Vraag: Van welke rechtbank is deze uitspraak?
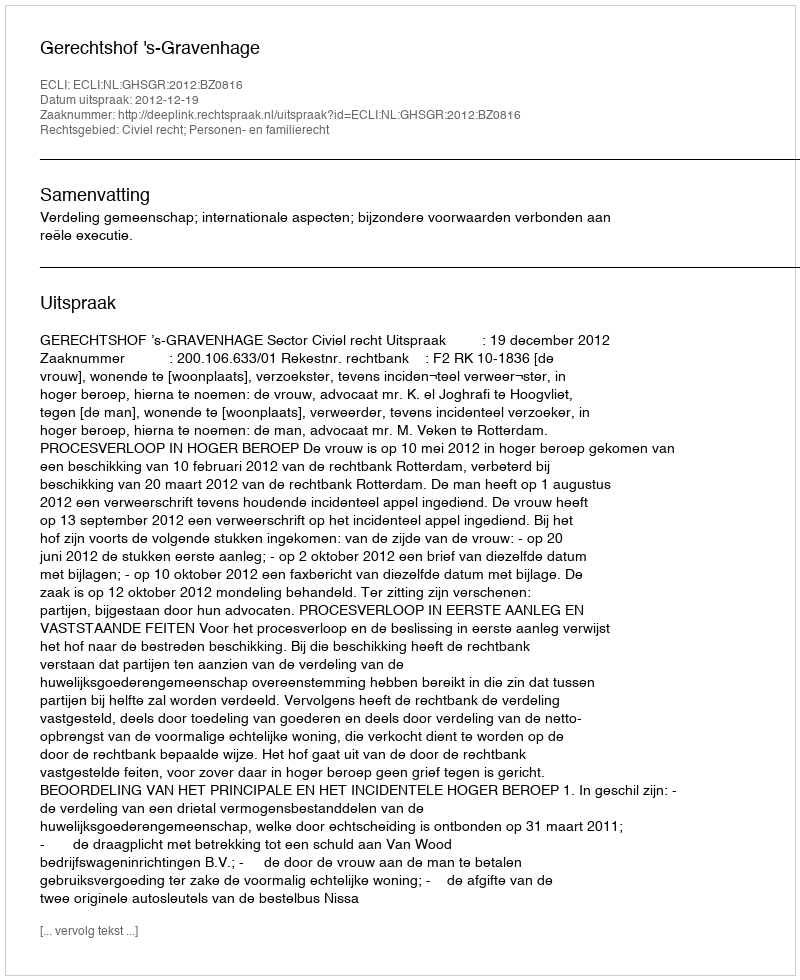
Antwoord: Gerechtshof 's-Gravenhage